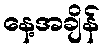
နေ့အချိန်